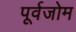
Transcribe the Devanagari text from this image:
पूर्वजोम